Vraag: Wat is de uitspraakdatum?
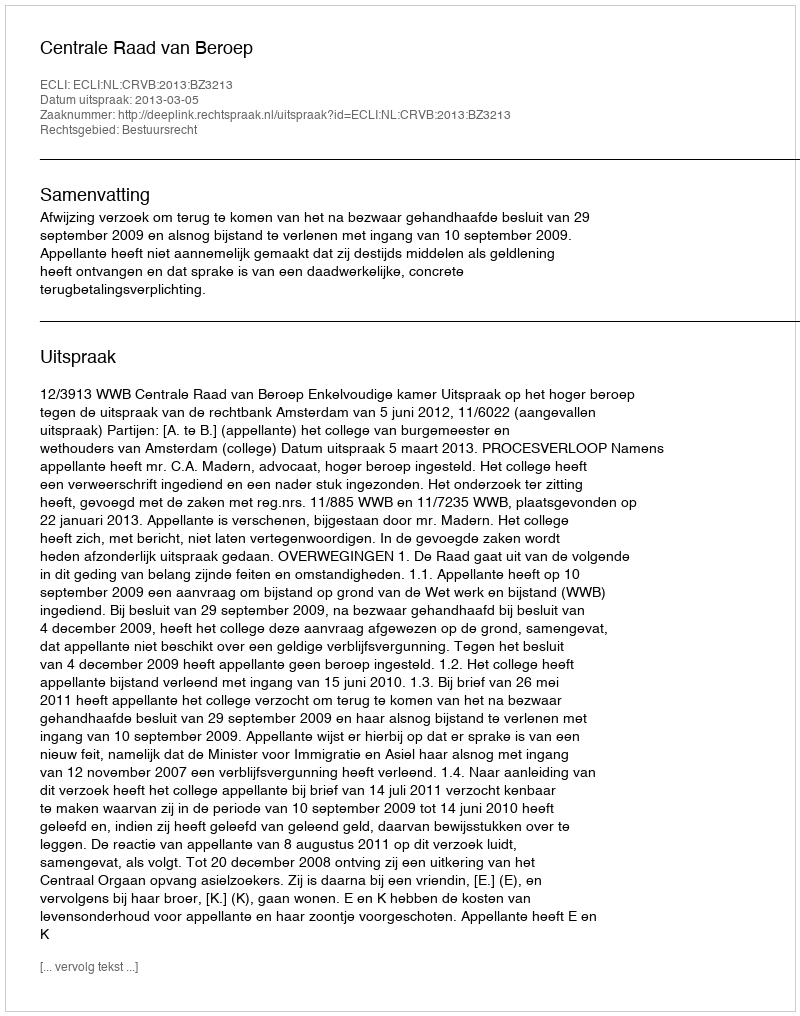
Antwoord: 2013-03-05